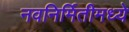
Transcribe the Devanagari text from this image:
नवनिर्मितीमध्‍ये